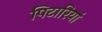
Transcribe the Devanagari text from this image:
पिटारियां